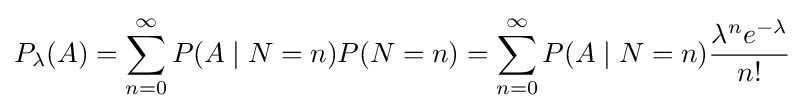
P_{\lambda }(A)=\sum _{n=0}^{\infty }P(A\mid N=n)P(N=n)=\sum _{n=0}^{\infty }P(A\mid N=n){\lambda ^{n}e^{-\lambda } \over n!}